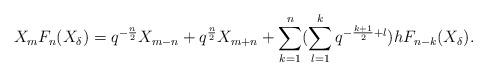
LaTeX: \begin{align*}X_mF_{n}(X_\delta)=q^{-\frac{n}{2}}X_{m-n}+q^{\frac{n}{2}}X_{m+n} +\sum\limits_{k=1}^{n}(\sum\limits_{l=1}^{k}q^{-\frac{k+1}{2}+l})hF_{n-k}(X_\delta).\end{align*}